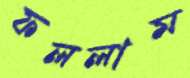
ফললাম